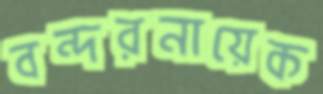
বন্দরনায়েক